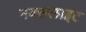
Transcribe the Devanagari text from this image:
नक्सलाइट